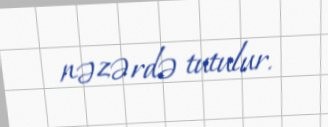
nəzərdə tutulur.